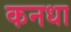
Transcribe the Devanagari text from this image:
कनधा